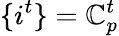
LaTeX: \{ i^{t}\} =\mathbb{C}_{p}^{t}